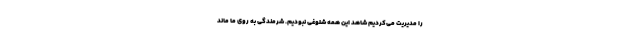
را مدیریت می‌کردیم شاهد این همه شلوغی نبودیم. شرمندگی به روی ما ماند